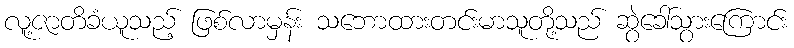
လူ့ဇာတိခံယူသည့် ဖြစ်လာမှန်း သဘောထားတင်းမာသူတို့သည် ဆွဲခေါ်သွားကြောင်း